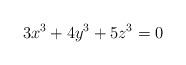
LaTeX: \begin{align*}3x^3+4y^3+5z^3=0\end{align*}